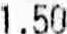
1.50